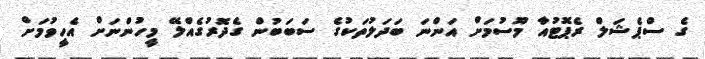
ގެ ސްޕެޝަލް ރެޕޮޓުއާ މޫސުމަށް އަންނަ ބަދަލުތަކުގެ ސަބަބުން ގެދޮރުގެއްލޭ މީހުންނަށް އެހީވުމަށް